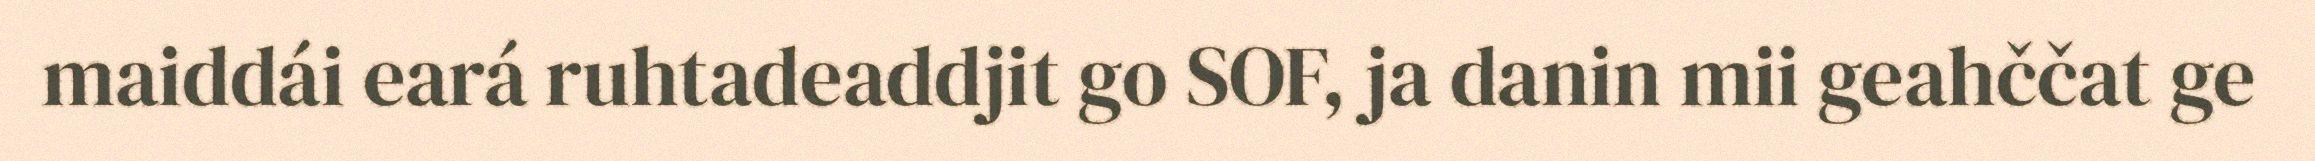
maiddái eará ruhtadeaddjit go SOF, ja danin mii geahččat ge